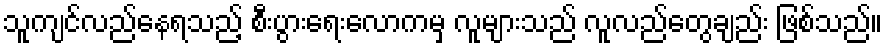
သူကျင်လည်နေရသည့် စီးပွားရေးလောကမှ လူများသည် လူလည်တွေချည်း ဖြစ်သည်။